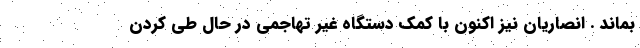
بماند . انصاریان نیز اکنون با کمک دستگاه غیر تهاجمی در حال طی کردن